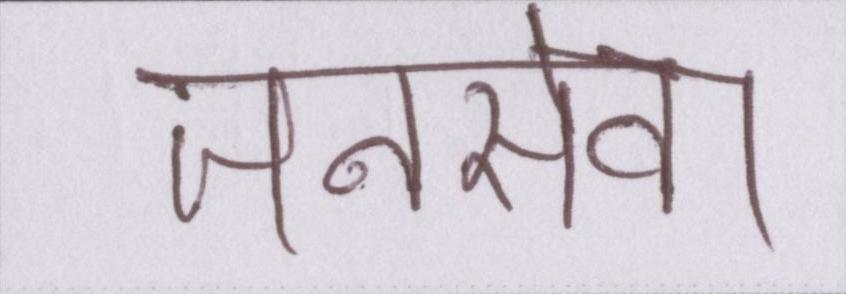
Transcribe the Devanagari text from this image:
जनसेवा